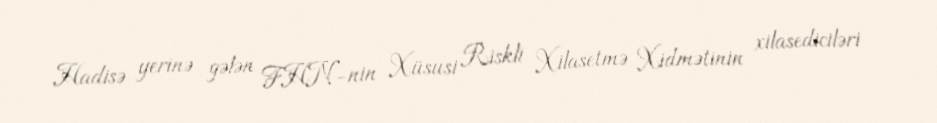
Hadisə yerinə gələn FHN-nin Xüsusi Riskli Xilasetmə Xidmətinin xilasediciləri